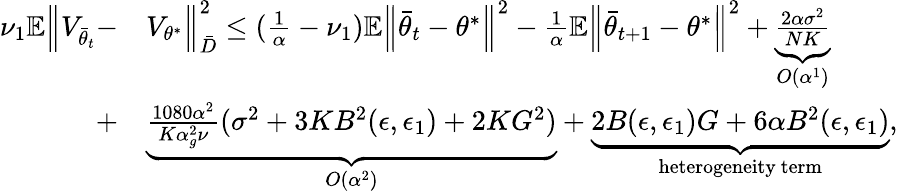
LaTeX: \begin{array}{rl}{\nu_{1}\mathbb{E}\Big\lVert V_{\bar{\theta}_{t}}-}&{V_{\theta^{*}}\Big\rVert_{\bar{D}}^{2}\le(\frac{1}{\alpha}-\nu_{1})\mathbb{E}\Big\lVert\bar{\theta}_{t}-\theta^{*}\Big\rVert^{2}-\frac{1}{\alpha}\mathbb{E}\Big\lVert\bar{\theta}_{t+1}-\theta^{*}\Big\rVert^{2}+\underbrace{\frac{2\alpha\sigma^{2}}{NK}}_{O(\alpha^{1})}}\\ {+}&{\underbrace{\frac{1080\alpha^{2}}{K\alpha_{g}^{2}\nu}(\sigma^{2}+3KB^{2}(\epsilon,\epsilon_{1})+2KG^{2})}_{O(\alpha^{2})}+\underbrace{2B(\epsilon,\epsilon_{1})G+6\alpha B^{2}(\epsilon,\epsilon_{1})}_{\mathrm{heterogeneity~term}},}\end{array}